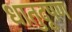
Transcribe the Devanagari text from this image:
धातुदूषण